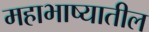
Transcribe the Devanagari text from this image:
महाभाष्यातील